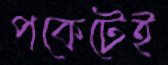
পকেটেই